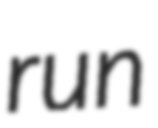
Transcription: run